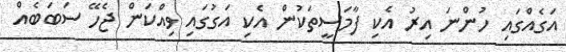
އަގެއްގައިި ހުންނަ އިރު އެކި ފާމަސީތަކުން އެކި އަގުގައި ވިއްކަން ޖެހޭ ސަބަބެއް